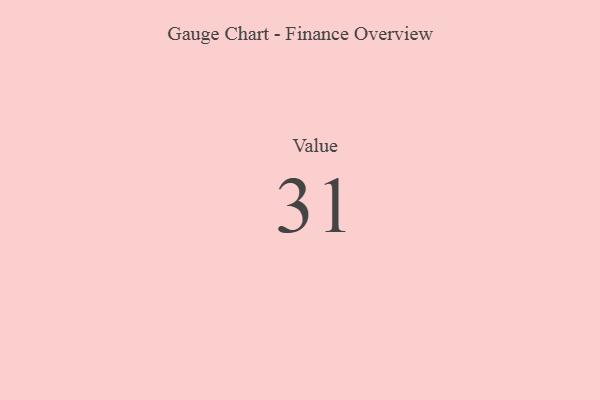
{"axis": {"x": "Metric", "y": "Value"}, "legend": [""], "data": [{"x": "Value", "y": 31, "type": ""}]}